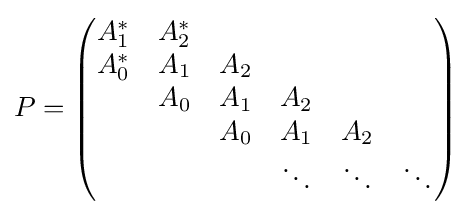
P={\begin{pmatrix}A_{1}^{\ast }&A_{2}^{\ast }\\A_{0}^{\ast }&A_{1}&A_{2}\\&A_{0}&A_{1}&A_{2}\\&&A_{0}&A_{1}&A_{2}\\&&&\ddots &\ddots &\ddots \end{pmatrix}}